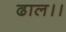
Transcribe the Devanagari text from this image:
ढाल।।